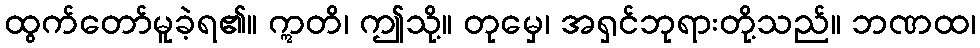
ထွက်တော်မူခဲ့ရ၏။ ဣတိ၊ ဤသို့။ တုမှေ၊ အရှင်ဘုရားတို့သည်။ ဘဏထ၊